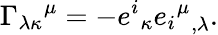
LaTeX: {\Gamma_{\lambda\kappa}}^{\mu}=-{e^{i}}_{\kappa}{{{e_{i}}^{\mu}}}_{,\lambda}.